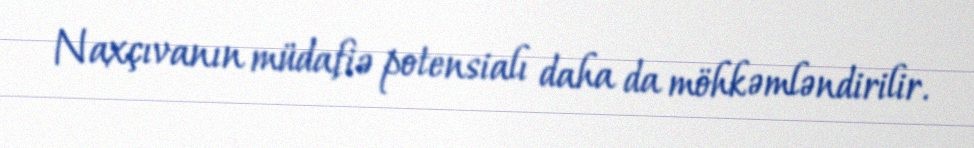
Naxçıvanın müdafiə potensialı daha da möhkəmləndirilir.